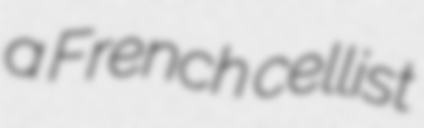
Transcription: a French cellist